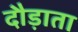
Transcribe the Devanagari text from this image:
दौड़ाता